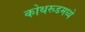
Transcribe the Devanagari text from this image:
कोथरूडमध्ये